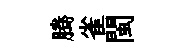
腾雀閩